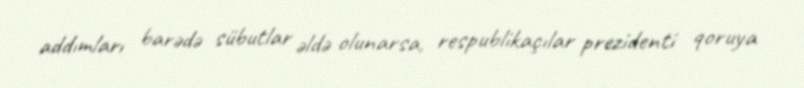
addımları barədə sübutlar əldə olunarsa, respublikaçılar prezidenti qoruya